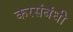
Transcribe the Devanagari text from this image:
करसंबंधी